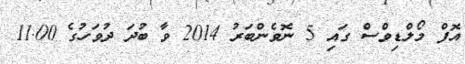
އޮފް މޯލްޑިވްސް ގައި 5 ނޮވެންބަރު 2014 ވާ ބުދަ ދުވަހުގެ 11.00